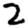
Digit: 2